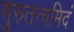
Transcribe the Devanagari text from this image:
गुरुतत्त्वमिदं